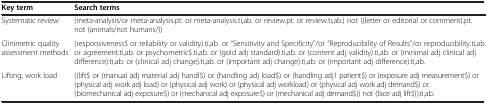
| Key term | Search terms |
 | --- | --- |
 | Systematic review | (meta-analysis/or meta-analysis.pt. or meta-analysis.ti,ab. or review.pt. or review.ti,ab.) not ((letter or editorial or comment).pt. not (animals/not humans/)) |
 | Clinimetric quality assessment methods | (responsiveness$ or reliability or validity).ti,ab. or “Sensitivity and Specificity”/or “Reproducibility of Results”/or reproducibility.ti,ab. or agreement.ti,ab. or psychometric$.ti,ab. or (gold adj standard).ti,ab. or (content adj validity).ti,ab. or (minimal adj clinical adj difference).ti,ab. or (clinical adj change).ti,ab. or (important adj change).ti,ab. or (important adj difference).ti,ab. |
 | Lifting, work load | ((lift$ or (manual adj material adj handl$) or (handling adj load$) or (handling adj1 patient$) or (exposure adj measurement$) or (physical adj work adj load) or (physical adj work) or (physical adj workload) or (physical adj work adj demand$) or (biomechanical adj exposure$) or (mechanical adj exposure$) or (mechanical adj demand$)) not (face adj lift$)).ti,ab. |